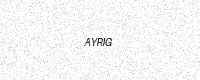
Text: AYRIG